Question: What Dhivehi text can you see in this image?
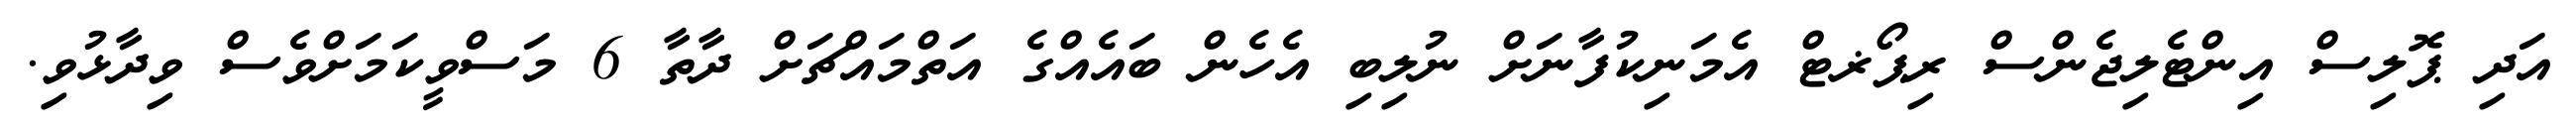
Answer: އަދި ޕޮލިސް އިންޓެލިޖެންސް ރިޕޯޜޓް އެމަނިކުފާނަށް ނުލިބި އެހެން ބައެއްގެ އަތްމައްޗަށް ދާތާ 6 މަސްވީކަމަށްވެސް ވިދާޅުވި.